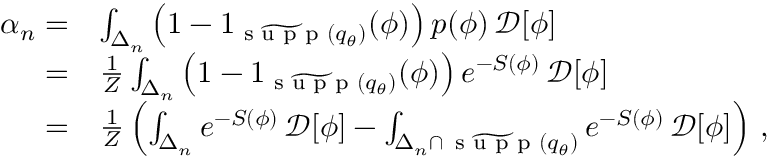
\begin{array} { r l } { \alpha _ { n } = } & { \int _ { \Delta _ { n } } \left( 1 - 1 _ { \widetilde { \textrm { s u p p } } ( { q } _ { \theta } ) } ( \phi ) \right) p ( \phi ) \, \mathcal { D } [ \phi ] } \\ { = } & { \frac { 1 } { Z } \int _ { \Delta _ { n } } \left( 1 - 1 _ { \widetilde { \textrm { s u p p } } ( { q } _ { \theta } ) } ( \phi ) \right) e ^ { - S ( \phi ) } \, \mathcal { D } [ \phi ] } \\ { = } & { \frac { 1 } { Z } \left( \int _ { \Delta _ { n } } e ^ { - S ( \phi ) } \, \mathcal { D } [ \phi ] - \int _ { { \Delta _ { n } } \cap \, { \widetilde { \textrm { s u p p } } ( { q } _ { \theta } ) } } e ^ { - S ( \phi ) } \, \mathcal { D } [ \phi ] \right) \, , } \end{array}